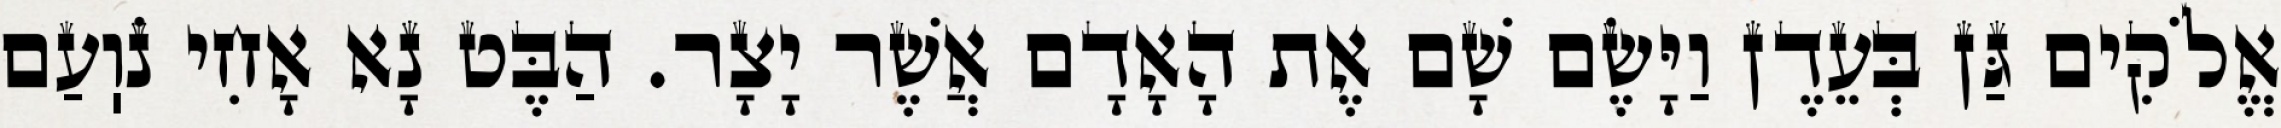
אֱלֹקִים גַּן בְּעֵדֶן וַיָּשֶׂם שָׁם אֶת הָאָדָם אֲשֶׁר יָצָר. הַבֶּט נָא אָחִי נֹוֽעַם